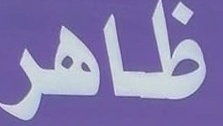
ظاهر